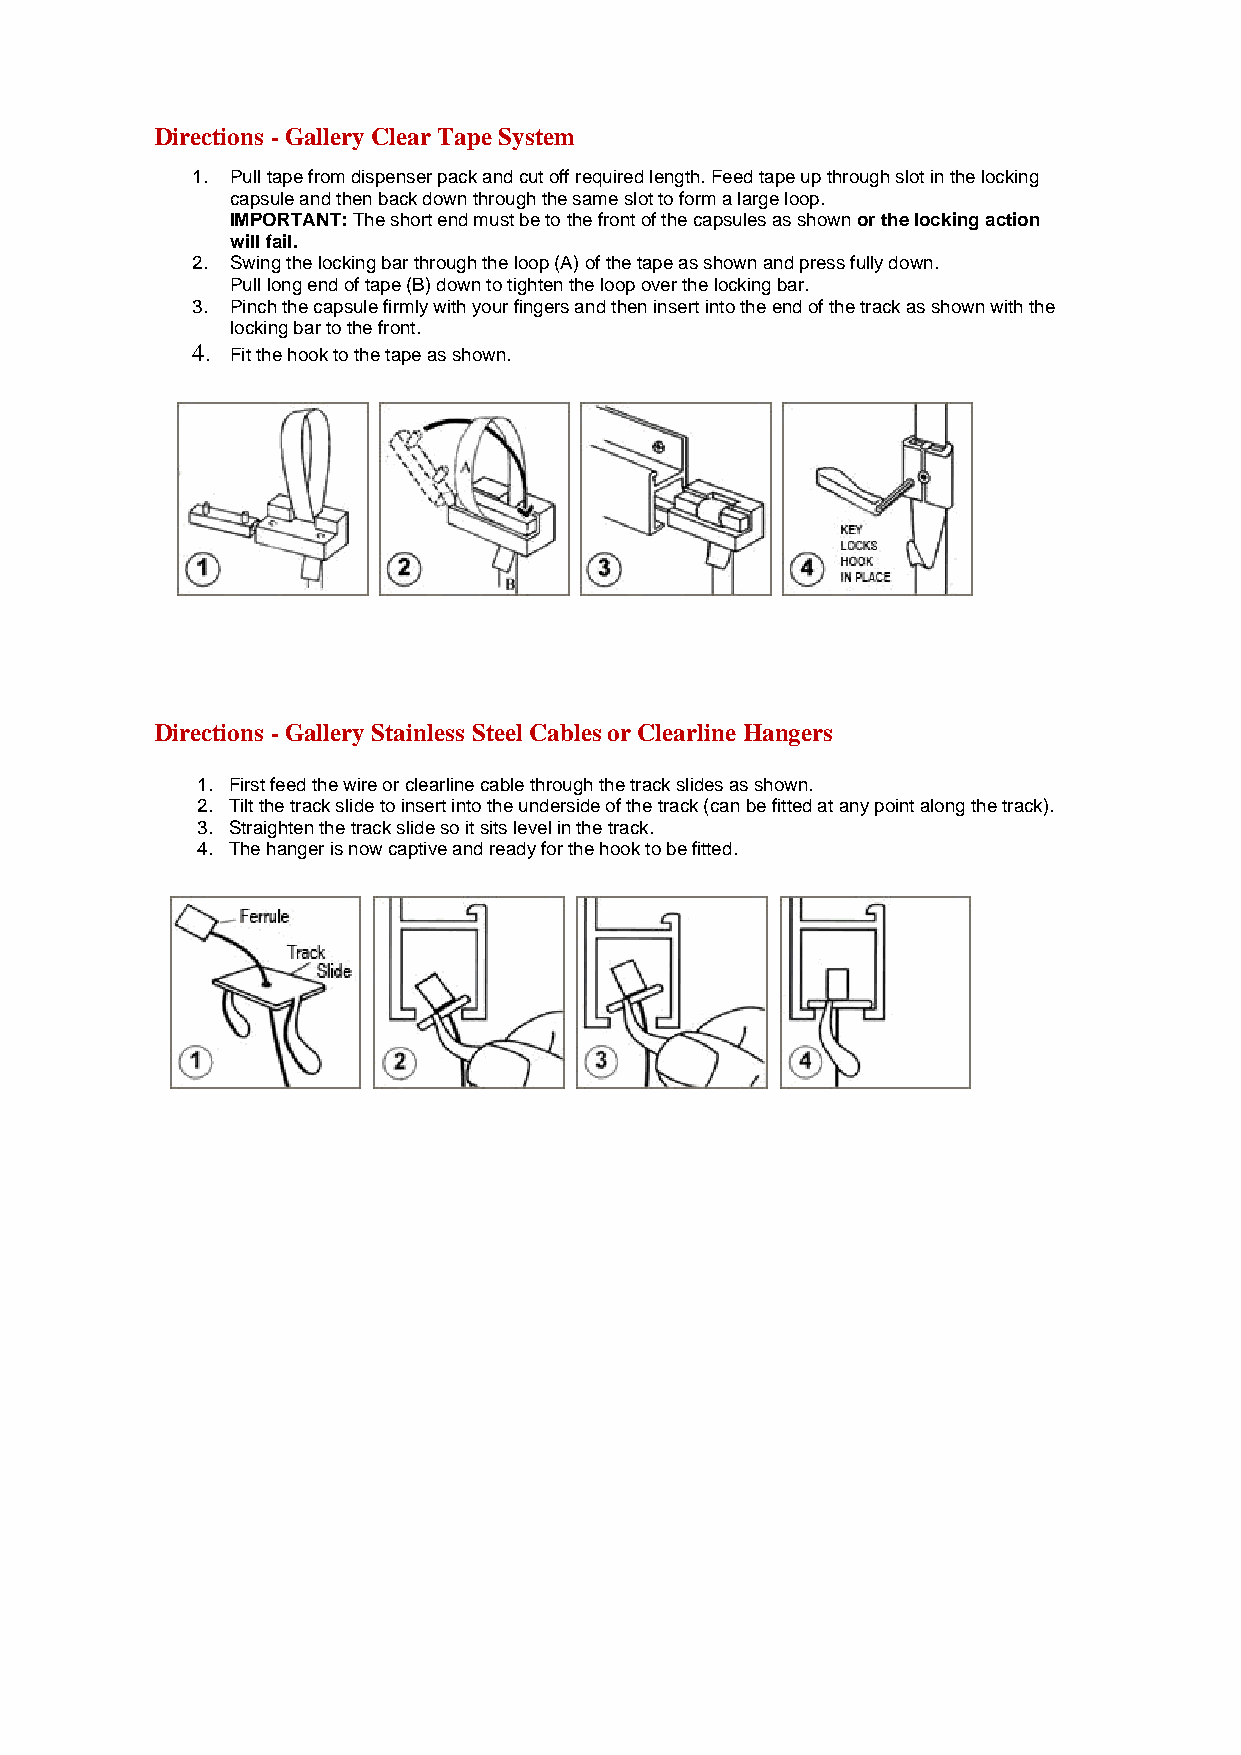
Directions - Gallery Clear Tape System
 1. Pull tape from dispenser pack and cut off required length. Feed tape up through slot in the locking
 capsule and then back down through the same slot to form a large loop.
 IMPORTANT: The short end must be to the front of the capsules as shown or the locking action
 will fail.
 2. Swing the locking bar through the loop (A) of the tape as shown and press fully down.
 Pull long end of tape (B) down to tighten the loop over the locking bar.
 3. Pinch the capsule firmly with your fingers and then insert into the end of the track as shown with the
 locking bar to the front.
 4. Fit the hook to the tape as shown.
 Directions - Gallery Stainless Steel Cables or Clearline Hangers
 1. First feed the wire or clearline cable through the track slides as shown.
 2. Tilt the track slide to insert into the underside of the track (can be fitted at any point along the track).
 3. Straighten the track slide so it sits level in the track.
 4. The hanger is now captive and ready for the hook to be fitted.